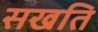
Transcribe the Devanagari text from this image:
सखति